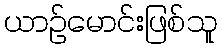
ယာဉ်မောင်းဖြစ်သူ